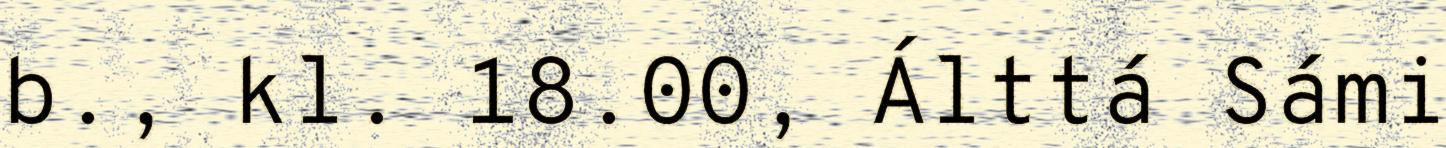
b., kl. 18.00, Álttá Sámi